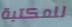
للمكتبة